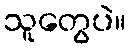
သူတွေပဲ။